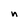
Character: n